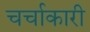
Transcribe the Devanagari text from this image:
चर्चाकारी